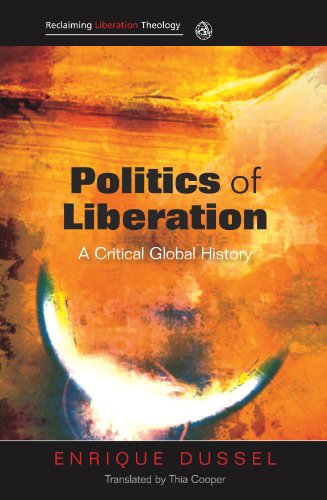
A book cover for Politics of Liberation (Reclaiming Liberation Theology); Enrique Dussel; Christian Books & Bibles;